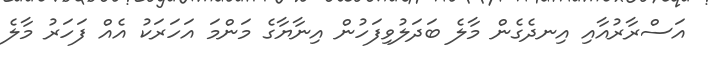
އަސްރާރުއާއި އިނދެގެން މާލެ ބަދަލުވިފަހުން އިނާޔާގެ މަންމަ އަހަރަކު އެއް ފަހަރު މާލެ